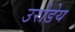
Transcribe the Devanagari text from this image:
उरोडेय